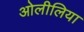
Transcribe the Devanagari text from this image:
ओलीलिया